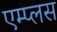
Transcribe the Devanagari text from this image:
एम्प्लस